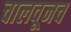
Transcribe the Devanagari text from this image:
चालवूनच